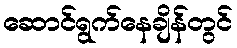
ဆောင်ရွက်နေချိန်တွင်